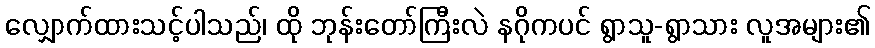
လျှောက်ထားသင့်ပါသည်၊ ထို ဘုန်းတော်ကြီးလဲ နဂိုကပင် ရွာသူ-ရွာသား လူအများ၏